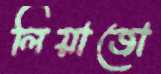
লিয়াজো